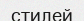
стилей